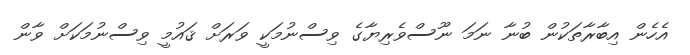
އެހެން އިބާރާތަކުން ބުނާ ނަމަ ނޫސްވެރިޔާގެ ވިސްނުމަކީ ވަރަށް ޤައުމީ ވިސްނުމަކަށް ވާން